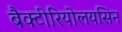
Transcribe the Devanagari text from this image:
बैक्टीरियोलयसिन